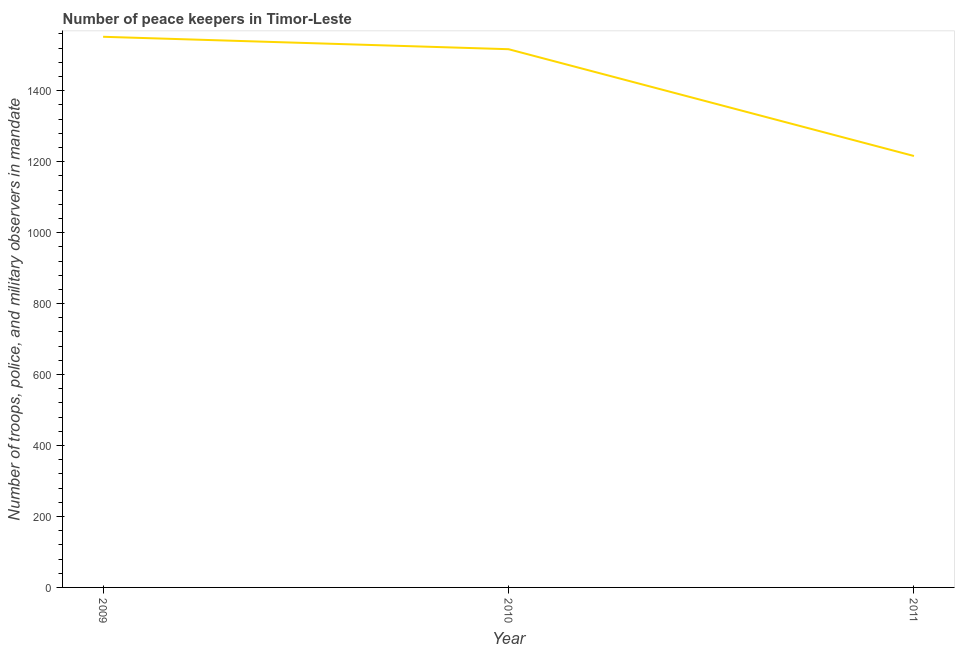
| Year | Presence of peace keepers |
 | --- | --- |
 | 2009 | 1.55e+03 |
 | 2010 | 1.52e+03 |
 | 2011 | 1.22e+03 |